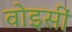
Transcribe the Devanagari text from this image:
वोइसीं